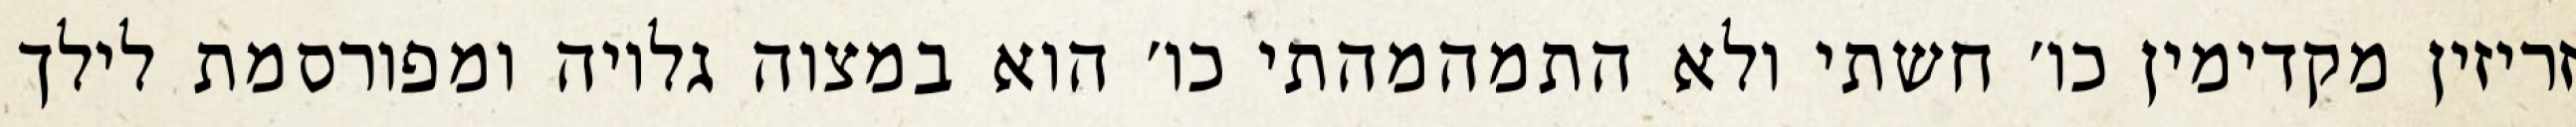
זריזין מקדימין כו׳ חשתי ולא התמהמהתי כו׳ הוא במצוה גלויה ומפורסמת לילך